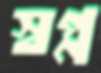
স্বপ্ন